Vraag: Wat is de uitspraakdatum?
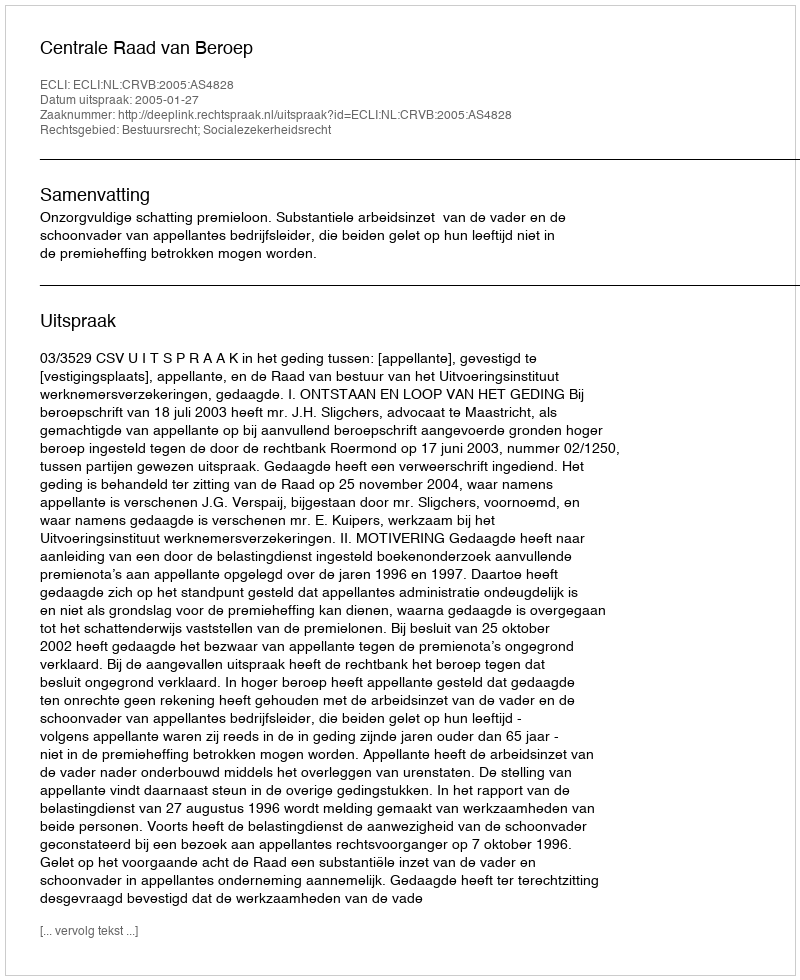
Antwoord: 2005-01-27